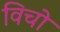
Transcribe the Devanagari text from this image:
विचो